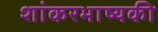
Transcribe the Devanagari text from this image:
शांकरभाष्यकी